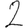
Digit: 2